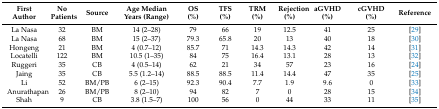
<table><thead><tr><td><b>First Author</b></td><td><b>No Patients</b></td><td><b>Source</b></td><td><b>Age Median Years (Range)</b></td><td><b>OS (%)</b></td><td><b>TFS (%)</b></td><td><b>TRM (%)</b></td><td><b>Rejection (%)</b></td><td><b>aGVHD (%)</b></td><td><b>cGVHD (%)</b></td><td><b>Reference</b></td></tr></thead><tbody><tr><td>La Nasa</td><td>32</td><td>BM</td><td>14 (2–28)</td><td>79</td><td>66</td><td>19</td><td>12.5</td><td>41</td><td>25</td><td>[29]</td></tr><tr><td>La Nasa</td><td>68</td><td>BM</td><td>15 (2–37)</td><td>79.3</td><td>65.8</td><td>20</td><td>13</td><td>40</td><td>18</td><td>[30]</td></tr><tr><td>Hongeng</td><td>21</td><td>BM</td><td>4 (0.7–12)</td><td>85.7</td><td>71</td><td>14.3</td><td>14.3</td><td>42</td><td>14</td><td>[31]</td></tr><tr><td>Locatelli</td><td>122</td><td>BM</td><td>10.5 (1–35)</td><td>84</td><td>75</td><td>16.4</td><td>13.1</td><td>28</td><td>13</td><td>[32]</td></tr><tr><td>Ruggeri</td><td>35</td><td>CB</td><td>4 (0.5–14)</td><td>62</td><td>21</td><td>34</td><td>57</td><td>23</td><td>16</td><td>[24]</td></tr><tr><td>Jaing</td><td>35</td><td>CB</td><td>5.5 (1.2–14)</td><td>88.5</td><td>88.5</td><td>11.4</td><td>14.4</td><td>47</td><td>35</td><td>[25]</td></tr><tr><td>Li</td><td>52</td><td>BM/PB</td><td>6 (2–15)</td><td>92.3</td><td>90.4</td><td>7.7</td><td>1.9</td><td>9.6</td><td>0</td><td>[33]</td></tr><tr><td>Anurathapan</td><td>26</td><td>BM/PB</td><td>8 (2–10)</td><td>94</td><td>82</td><td>7</td><td>0</td><td>28</td><td>15</td><td>[34]</td></tr><tr><td>Shah</td><td>9</td><td>CB</td><td>3.8 (1.5–7)</td><td>100</td><td>56</td><td>0</td><td>44</td><td>33</td><td>11</td><td>[35]</td></tr></tbody></table>